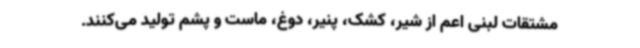
مشتقات لبنی اعم از شیر، کشک، پنیر، دوغ، ماست و پشم تولید می‌کنند.